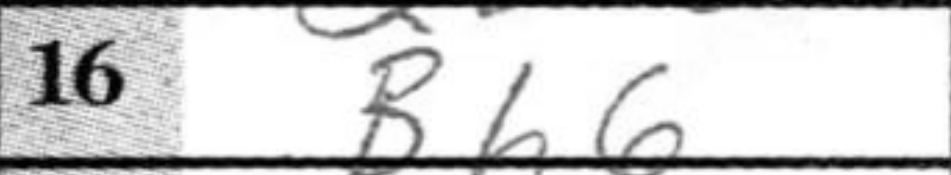
Transcription: Bh6